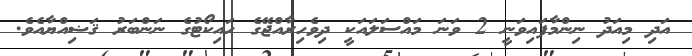
އަދި މިއަދު ނިންމާފައިވަނީ 2 ވަނަ މައްސަލައަކީ ދިވެހިރާއްޖޭގެ ހައިކޯޓުގެ ނަންބަރު ޤަޟިއްޔާއެވެ.